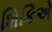
શિકિએ